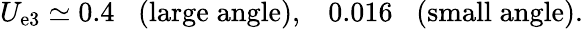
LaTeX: U_{\mathrm{e}3}\simeq0.4\; \; \; (\mathrm{{larg\mathrm{e}\; angl\mathrm{e}}}),\; \; \; 0.016\; \; \; (\mathrm{{small\; angl\mathrm{e}}}).